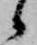
候